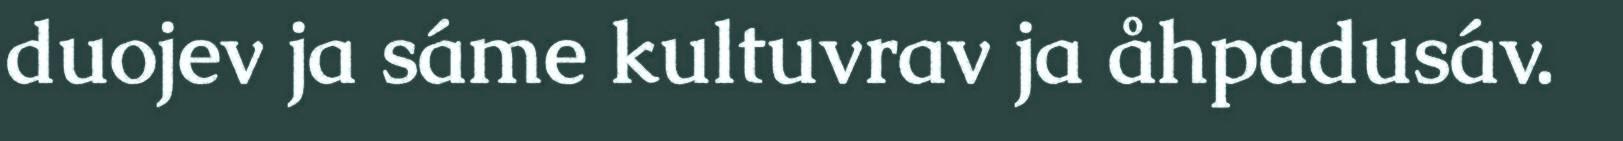
duojev ja sáme kultuvrav ja åhpadusáv.